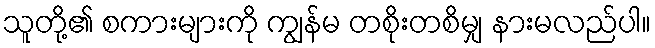
သူတို့၏ စကားများကို ကျွန်မ တစိုးတစိမျှ နားမလည်ပါ။